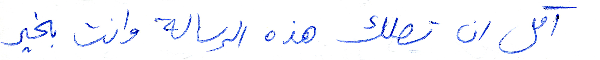
آمل ان تصلك هذه الرسالة وانت بخير